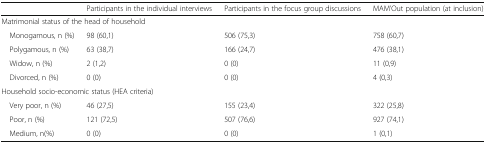
<table><thead><tr><td></td><td><b>Participants in the individual interviews</b></td><td><b>Participants in the focus group discussions</b></td><td><b>MAM’Out population (at inclusion)</b></td></tr></thead><tbody><tr><td colspan="4">Matrimonial status of the head of household</td></tr><tr><td> Monogamous, n (%)</td><td>98 (60,1)</td><td>506 (75,3)</td><td>758 (60,7)</td></tr><tr><td> Polygamous, n (%)</td><td>63 (38,7)</td><td>166 (24,7)</td><td>476 (38,1)</td></tr><tr><td> Widow, n (%)</td><td>2 (1,2)</td><td>0 (0)</td><td>11 (0,9)</td></tr><tr><td> Divorced, n (%)</td><td>0 (0)</td><td>0 (0)</td><td>4 (0,3)</td></tr><tr><td colspan="4">Household socio-economic status (HEA criteria)</td></tr><tr><td> Very poor, n (%)</td><td>46 (27,5)</td><td>155 (23,4)</td><td>322 (25,8)</td></tr><tr><td> Poor, n (%)</td><td>121 (72,5)</td><td>507 (76,6)</td><td>927 (74,1)</td></tr><tr><td> Medium, n(%)</td><td>0 (0)</td><td>0 (0)</td><td>1 (0,1)</td></tr></tbody></table>